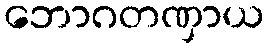
ဘောဂတဏှာယ